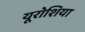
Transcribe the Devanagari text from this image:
यूरोशिया